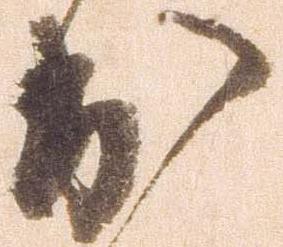
出